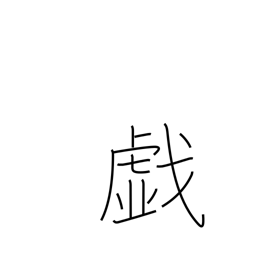
Meaning: frolic